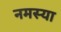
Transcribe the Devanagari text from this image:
नमस्या